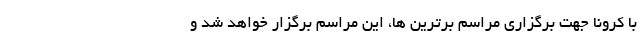
با کرونا جهت برگزاری مراسم برترین ها، این مراسم برگزار خواهد شد و